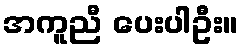
အကူညီ ပေးပါဦး။